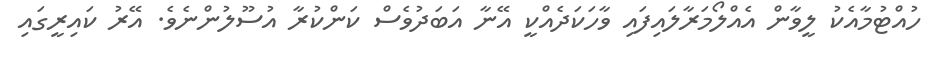
ހުއްޓުމާއެކު ލީވާން އެއްލޯމަރާލައިފައި ވާހަކަދެއްކީ އޭނާ އަބަދުވެސް ކަންކުރާ އުސޫލުންނެވެ. އޭރު ކައިރީގައި